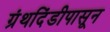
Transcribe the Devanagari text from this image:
ग्रंथदिंडीपासून